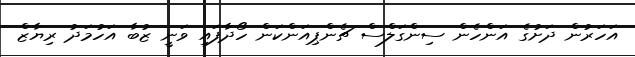
އަހަރުން ދަށުގެ އަންހެން ސިންގަލްސް ޗެންޕިއަންކަން ހޯދާފައި ވަނީ ޒުބާ އަހުމަދު ރިޔާޒް